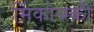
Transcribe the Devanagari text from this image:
मिंकोव्स्की